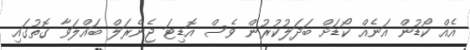
އެއް ކޯޑުން އަނެއް ކޯޑަށް ބަދަލުކުރުން ވެސް އޮޑިޓަ ޖެނެރަލް ބައްލަވާ ގޮތުގައި